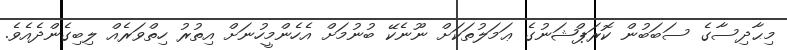
މިޙާދިސާގެ ސަބަބުން ކޮރަޕްޝަނުގެ ޢަމަލުތަކަށް ނޫނެކޭ ބުނުމަށް އެހެންމީހުނަށް އިތުރު ހިތްވަރެއް ލިބިގެންދެއެވެ.